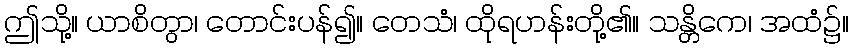
ဤသို့။ ယာစိတွာ၊ တောင်းပန်၍။ တေသံ၊ ထိုရဟန်းတို့၏။ သန္တိကေ၊ အထံ၌။